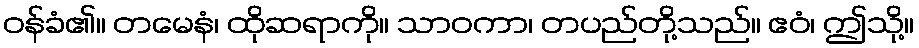
ဝန်ခံ၏။ တမေနံ၊ ထိုဆရာကို။ သာဝကာ၊ တပည်တို့သည်။ ဧဝံ၊ ဤသို့။